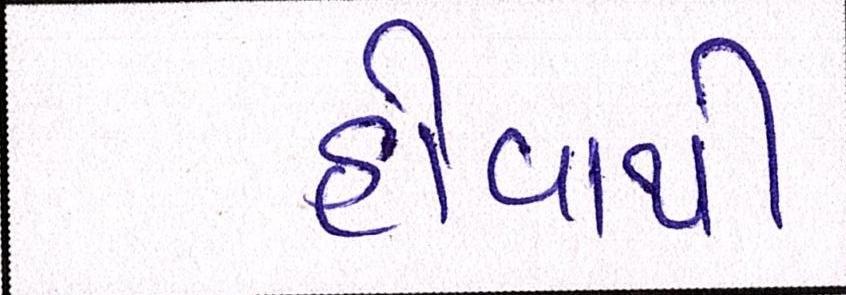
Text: હોવાથી